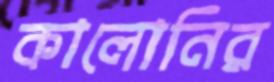
কালোনির